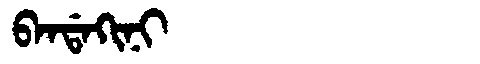
Manchu: ᠪᠠᠨᡩᠠᡴᡳᠨᡳ
Romanization: BANDAKINI